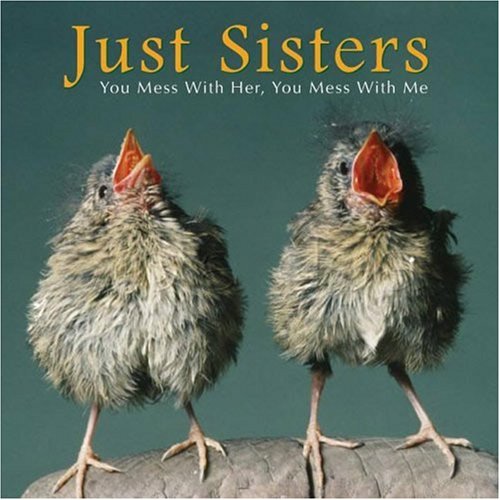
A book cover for Just Sisters: You Mess with Her, You Mess with Me; Bonnie Louise Kuchler; Parenting & Relationships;